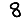
Digit: 8